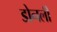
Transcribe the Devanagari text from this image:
डोनली